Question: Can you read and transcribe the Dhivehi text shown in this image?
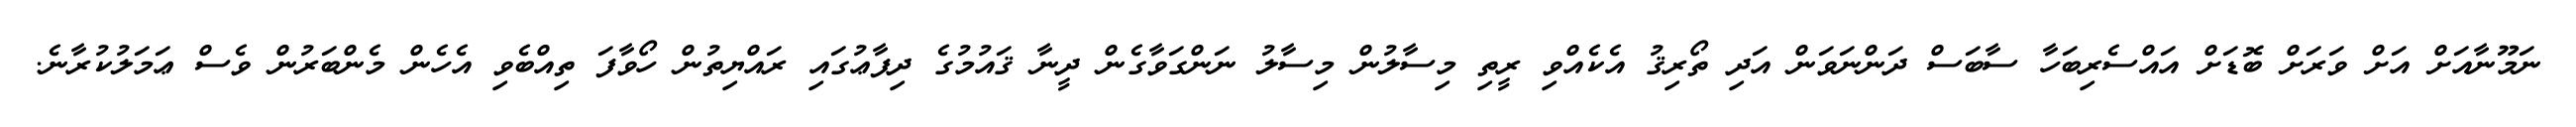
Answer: ނަމޫނާއަށް އަށް ވަރަށް ބޮޑަށް އައްސެރިބަހާ ސާބަސް ދަންނަވަން އަދި ތޯރިޤު އެކެއްވި ރީތި މިސާލުން މިސާލު ނަންގަވާގެން ދީނާ ޤައުމުގެ ދިފާޢުގައި ރައްޔިތުން ހޯވާފަ ތިއްބެވި އެހެން މެންބަރުން ވެސް ޢަމަލުކުރާނެ.